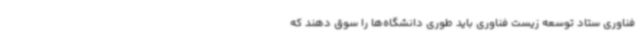
فناوری ستاد توسعه زیست فناوری باید طوری دانشگاه‌ها را سوق دهند که